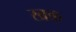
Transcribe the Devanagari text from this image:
खक